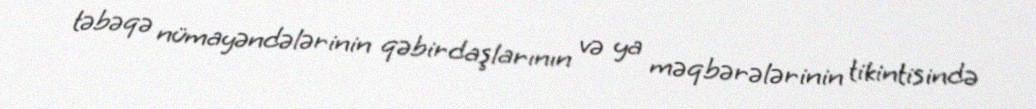
təbəqə nümayəndələrinin qəbirdaşlarının və ya məqbərələrinin tikintisində